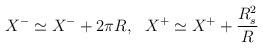
LaTeX: \begin{align*}X^- \simeq X^- + 2\pi R,~~X^+ \simeq X^+ + {R_s^{2}\over R}\end{align*}